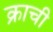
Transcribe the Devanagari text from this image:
क्राची